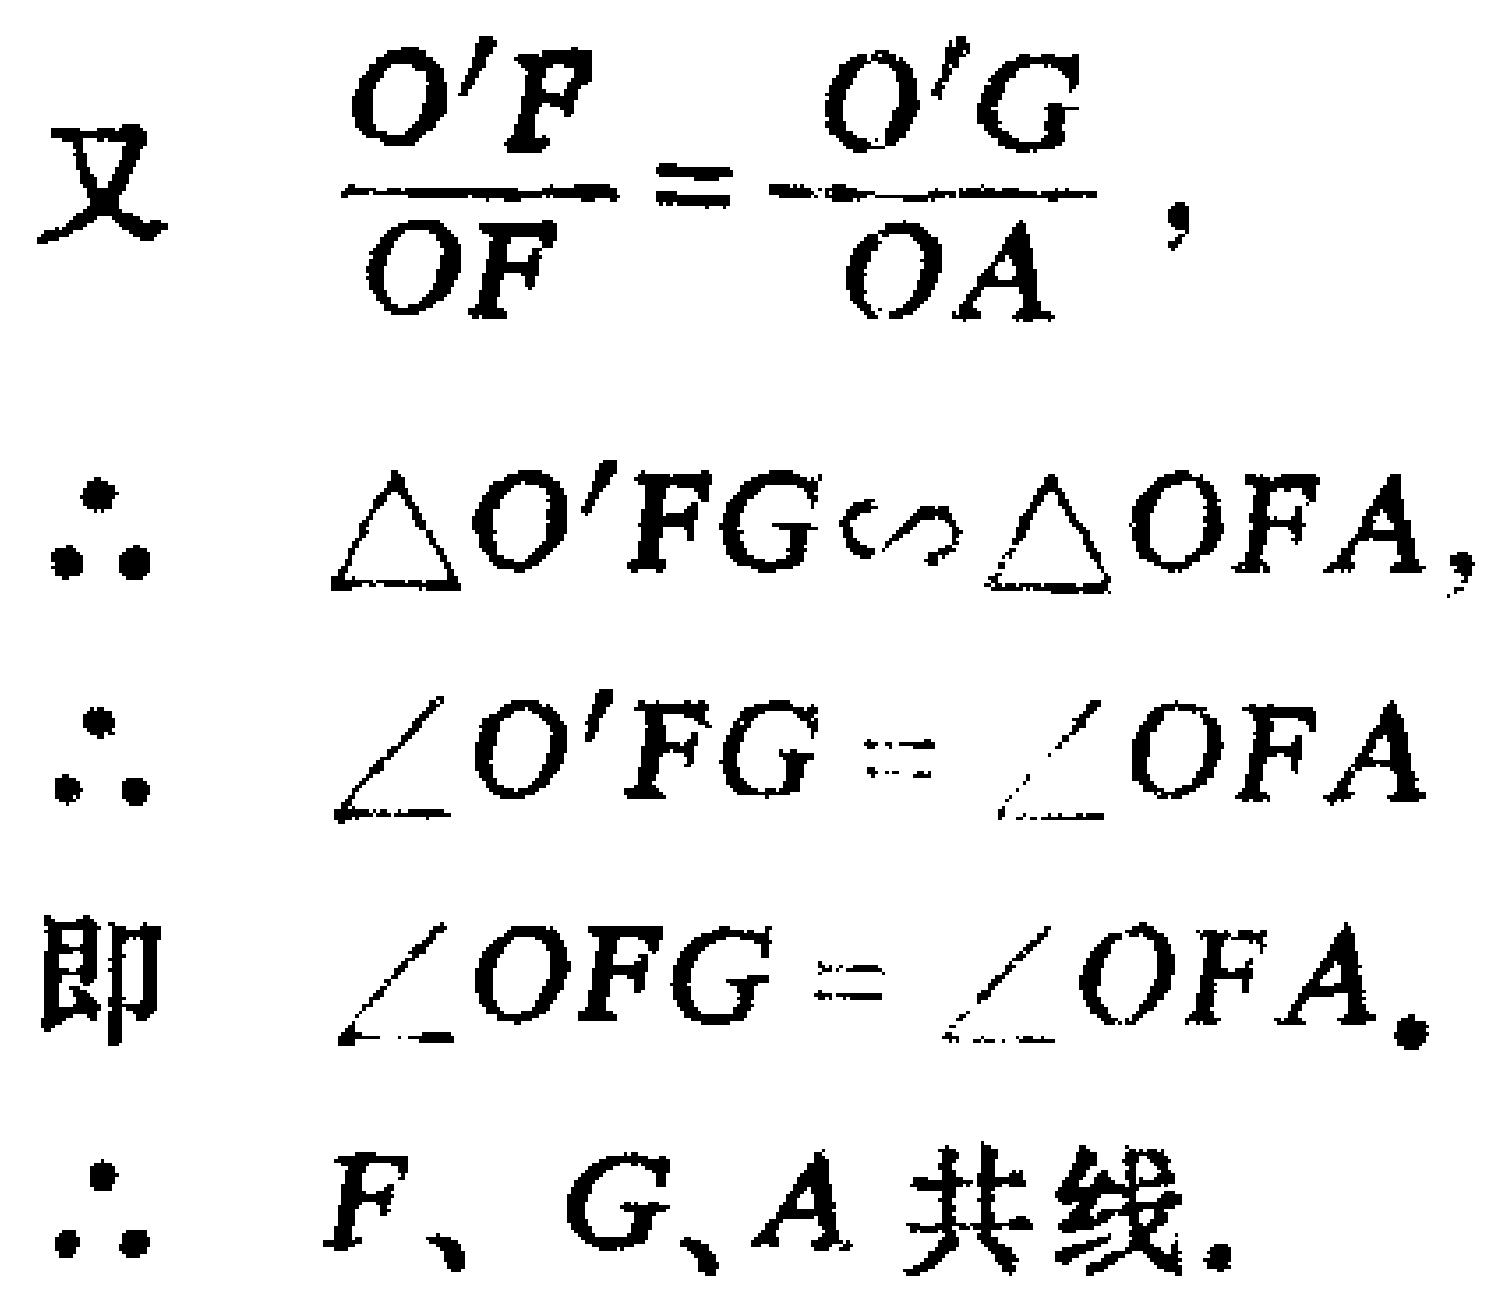
又 \(\frac{O'F}{OF}=-\frac{O'G}{OA}\)，
\(\therefore\) \(\triangle O'FG\sim\triangle OFA\)，
\(\therefore\) \(\angle O'FG = \angle OFA\)
即 \(\angle OFG = \angle OFA\)。
\(\therefore\) \(F、G、A\) 共线。